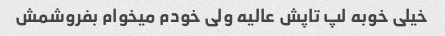
خیلی خوبه لپ تاپش عالیه ولی خودم میخوام بفروشمش